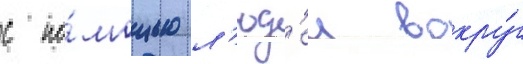
с по́мощью л'юд'еи вокру́г